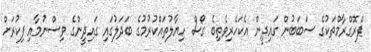
ޕްރޮގްރާމްތަކުގެ ސަބަބުން ގައިދީން އެކަހެރިވެތިބެ ގޯސް ހިޔާލުތައްކުރުމުގެ ބަދަލުގައި ގައިދީންގެ ވިސްނުމާއި ފިކުރަށް